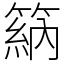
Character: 䈫